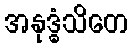
အနုဒ္ဓံသိတေ